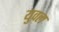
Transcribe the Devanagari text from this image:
युवल